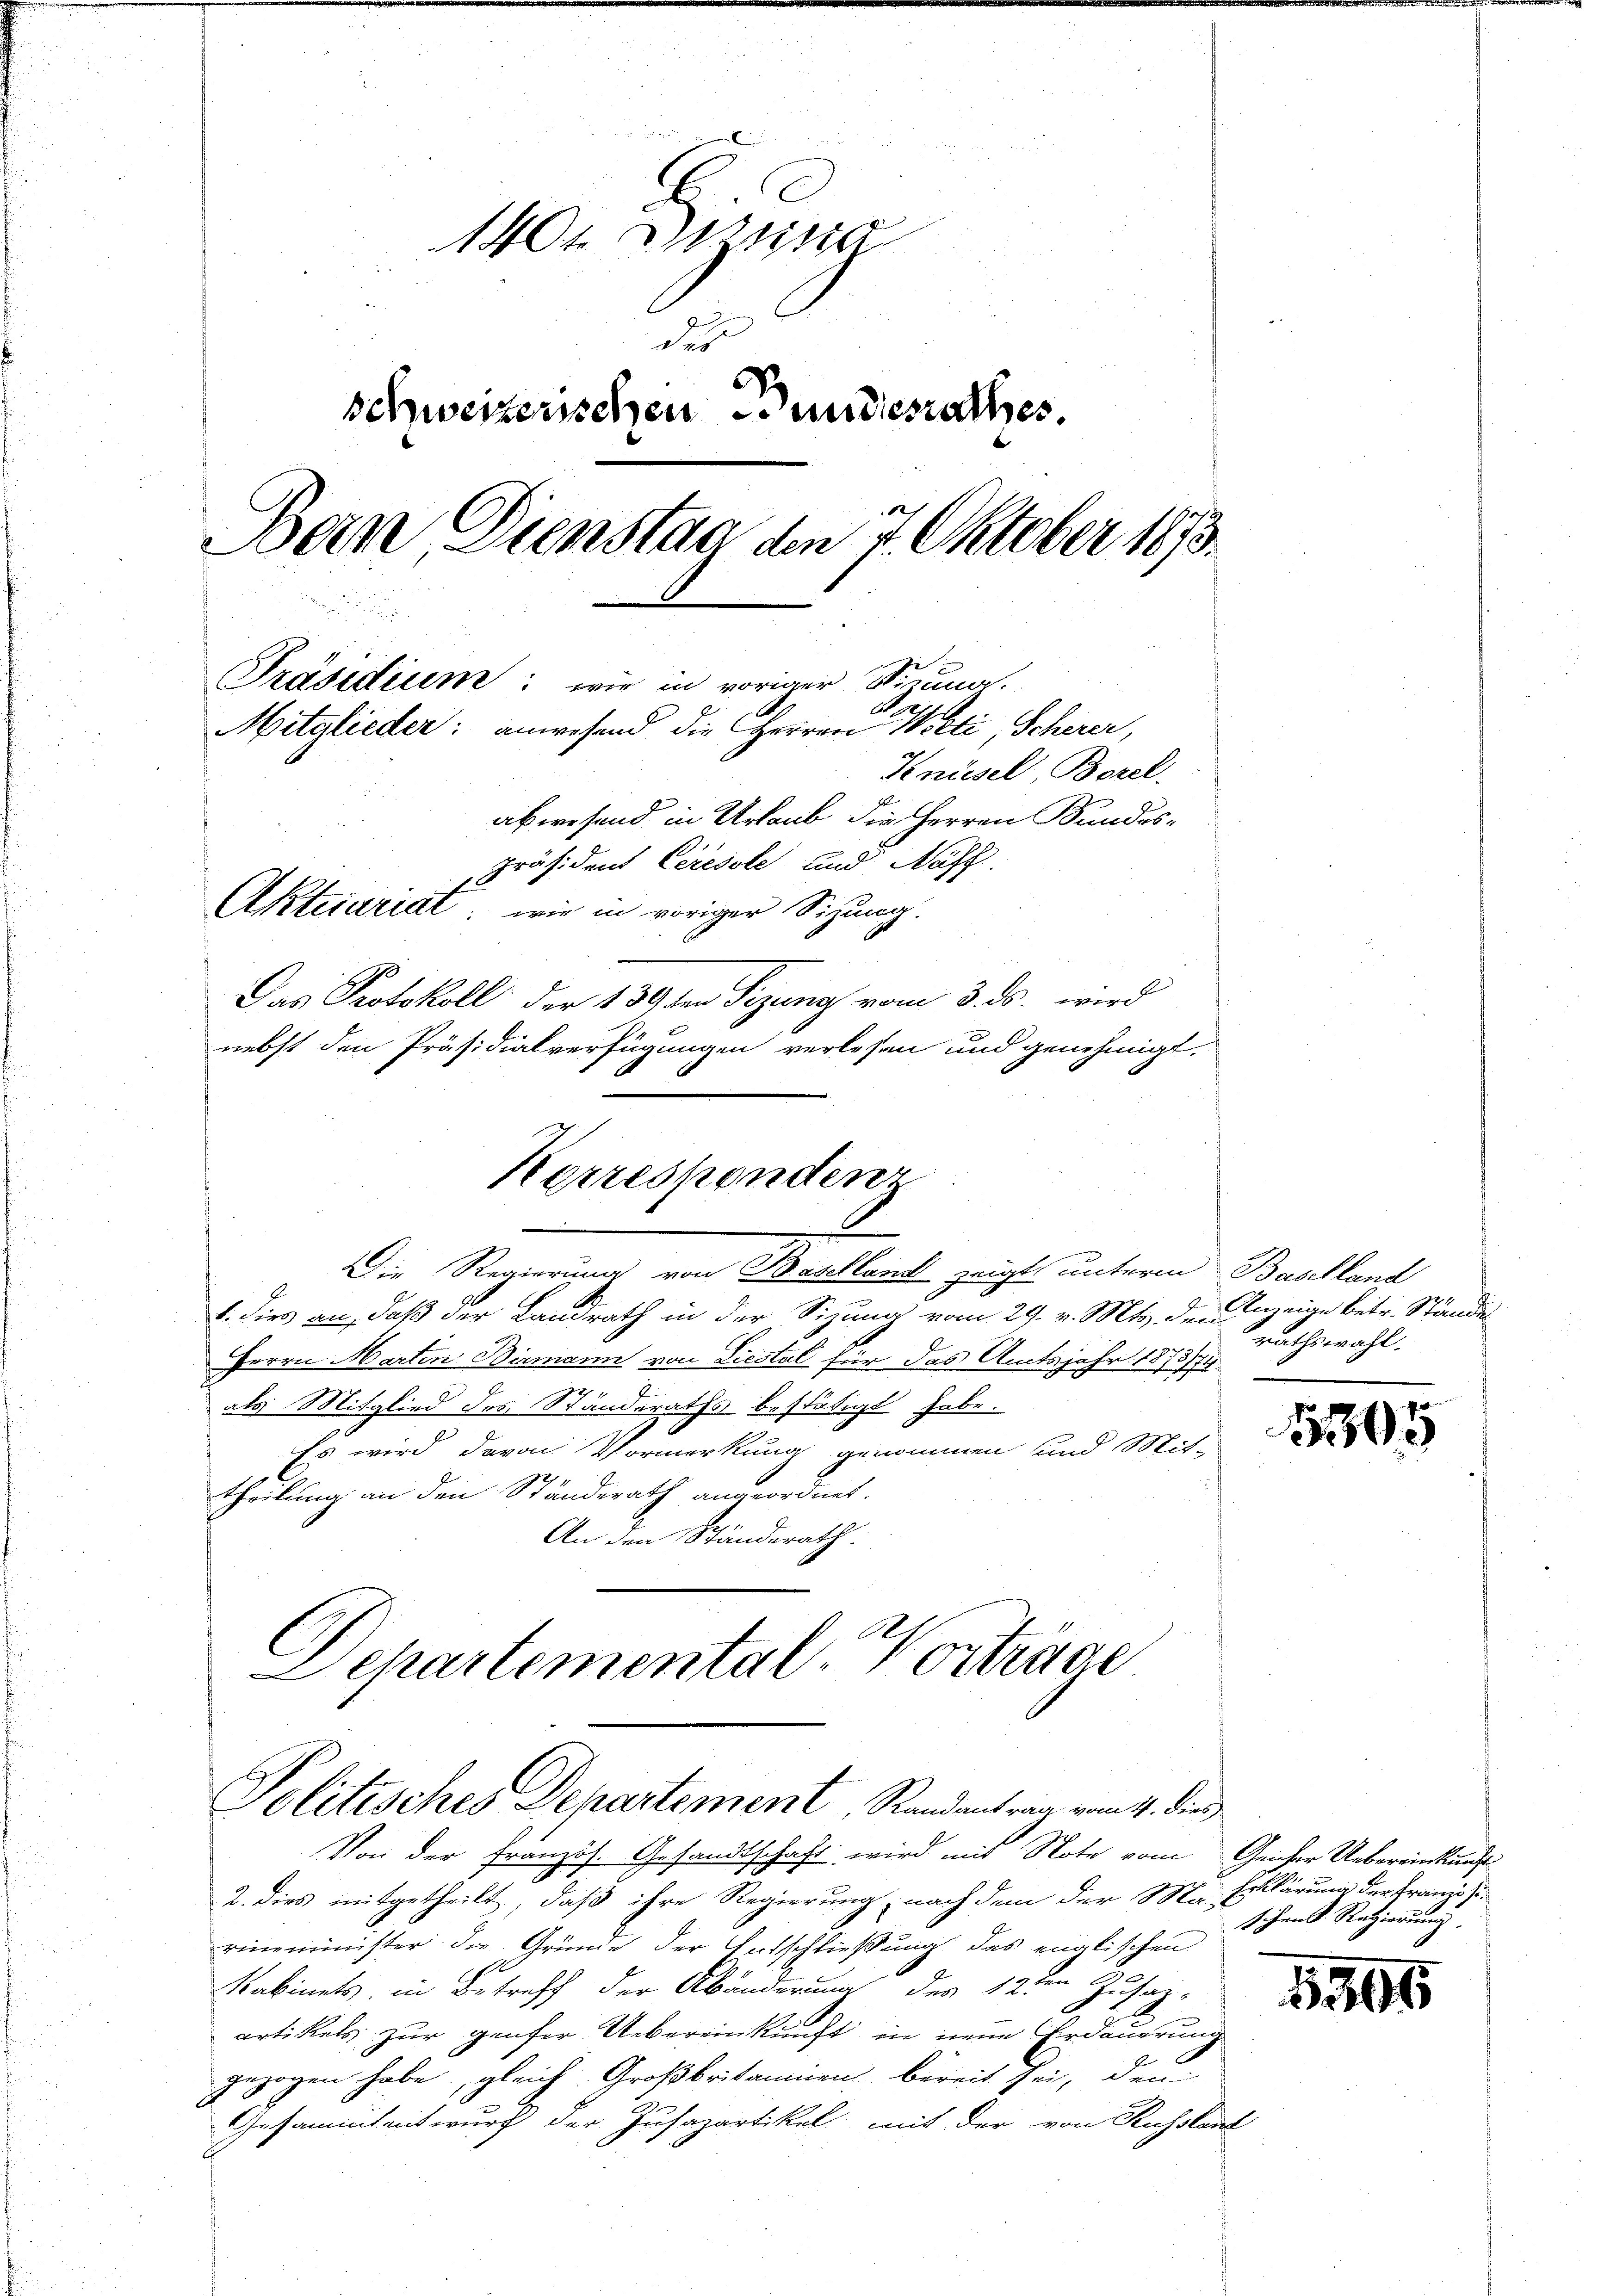
1401. Dessa
des
schweizerischen Bundesrathes
Bern, Dienstag den 7 Oktober 1873.
Präsidium: wie in voriger Stizung.
a
Mitglieder: anwesend die Herren Welti, Scherer,
Knüsel Borel.
abwesend in Urlaub die Herren Bundespräsident Ceresole und Näff.
Aktesariat wir in voriger Sitzung.
Das Protokoll der 139 den Sizung vom 3. ds. wird
nebst den Präsidialverfügungen verlesen und genehmigt

Die Regierung von Beschland zeigte unterm Bealland
1. dies an, daß der Landrath in der Sizung vom 29. v. Mts. der Anzeige betr. Stände
370
Herrn Marten Birmann von Liestal für das Amtsjahr 1873/74
als Mitglied des Standeraths bestätigt habe.
Es wird davon Vormerkung genommen und Mit-
Theilung an den Ständerath angeordnet.
An den Ständerath:

Korrespondenz

Schartemental Vorträge
Politisches Departement, Randantrag vom 4. dies

Von der Französ. Gesandtschaft wird mit Note vom Geicher Uebereinkunft¬
2. dies mitgetheilt, daß ihre Regierung, nach dem der M. Erklärung der Französirinminister die Gründe der Entschließung des englischen
Kabinets, in Betreff der Abänderung der 12ten Zusatz,
artikels zur genfer Uebereinkunft in neue Erdauerung
gezogen habe, gleich Großbritanien bereit sei, den
Gesammtentwurf der Zusazartikel mit der von Russlaut

rathswahl.

15307

s ihren S. Ratziornung

550